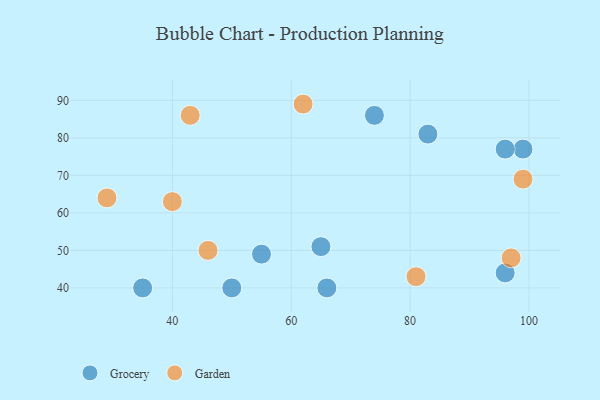
{"axis": {"x": "GDP", "y": "Life Expectancy"}, "legend": ["Garden", "Grocery"], "data": [{"x": "96", "y": 44, "type": "Grocery"}, {"x": "55", "y": 49, "type": "Grocery"}, {"x": "83", "y": 81, "type": "Grocery"}, {"x": "65", "y": 51, "type": "Grocery"}, {"x": "50", "y": 40, "type": "Grocery"}, {"x": "99", "y": 77, "type": "Grocery"}, {"x": "66", "y": 40, "type": "Grocery"}, {"x": "74", "y": 86, "type": "Grocery"}, {"x": "96", "y": 77, "type": "Grocery"}, {"x": "35", "y": 40, "type": "Grocery"}, {"x": "81", "y": 43, "type": "Garden"}, {"x": "29", "y": 64, "type": "Garden"}, {"x": "97", "y": 48, "type": "Garden"}, {"x": "40", "y": 63, "type": "Garden"}, {"x": "62", "y": 89, "type": "Garden"}, {"x": "46", "y": 50, "type": "Garden"}, {"x": "99", "y": 69, "type": "Garden"}, {"x": "43", "y": 86, "type": "Garden"}]}